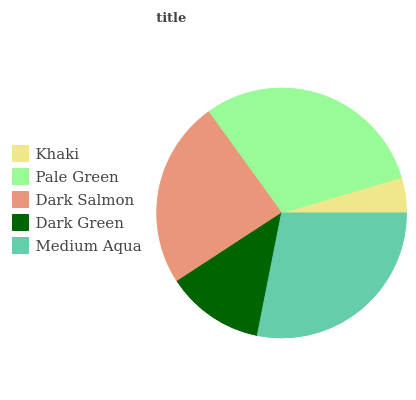
| Khaki | Pale Green | Dark Salmon | Dark Green | Medium Aqua |
 | --- | --- | --- | --- | --- |
 | 4.6% | 30.4% | 24.2% | 12.7% | 28.2% |